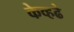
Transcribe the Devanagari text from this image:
केव्हढे